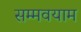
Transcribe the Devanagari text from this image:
सम्मवयाम